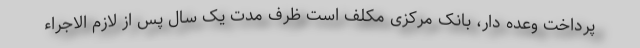
پرداخت وعده دار، بانک مرکزی مکلف است ظرف مدت یک سال پس از لازم الاجراء